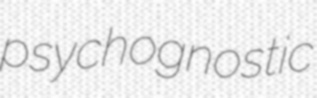
psychognostic